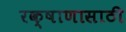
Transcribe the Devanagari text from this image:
रक्षाणासाठी